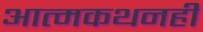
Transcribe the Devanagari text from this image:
आत्मकथनही